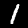
Label: 1